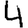
Digit: 4